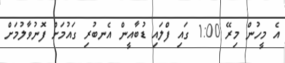
އެ މީހުން މިރޭ 1:00 ގައި ފްލައި ޑުބާއީން އެނބުރި ގައުމަށް ފޮނުވާލުމަށް